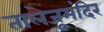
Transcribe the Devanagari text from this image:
तालेजूमंदिर